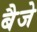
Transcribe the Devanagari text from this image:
बैजे